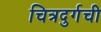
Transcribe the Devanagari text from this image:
चित्रदुर्गची